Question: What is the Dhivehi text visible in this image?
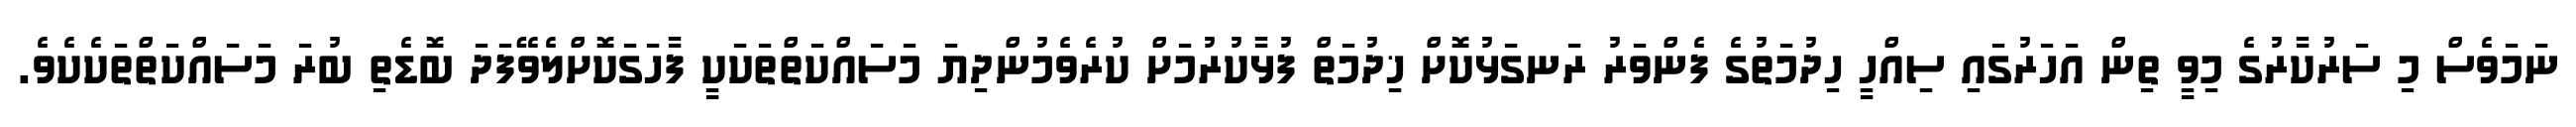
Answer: ނަމަވެސް މި ސަރުކާރުގެ މިވީ ތިން އަހަރުގައި ސިއްހީ ހިދުމަތުގެ ފެންވަރު ރަނގަޅުކޮށް ޚިދުމަތް ފުޅާކުރުމަށް ކުރެވެމުންދިޔަ މަސައްކަތްތަކަކީ ފާހަގަކޮށްލެވޭފަދަ ބޮޑެތި ބުރަ މަސައްކަތްތަކެކެވެ.